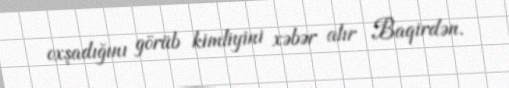
oxşadığını görüb kimliyini xəbər alır Baqirdən.